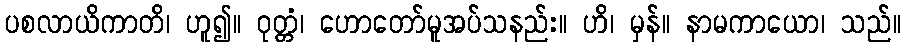
ပစလာယိကာတိ၊ ဟူ၍။ ဝုတ္တံ၊ ဟောတော်မူအပ်သနည်း။ ဟိ၊ မှန်။ နာမကာယော၊ သည်။